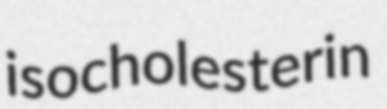
isocholesterin